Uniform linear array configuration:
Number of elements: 24
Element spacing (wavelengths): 0.25
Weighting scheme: cosine
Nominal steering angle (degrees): -45
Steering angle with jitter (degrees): -44.554
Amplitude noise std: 0.05
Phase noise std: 0.05

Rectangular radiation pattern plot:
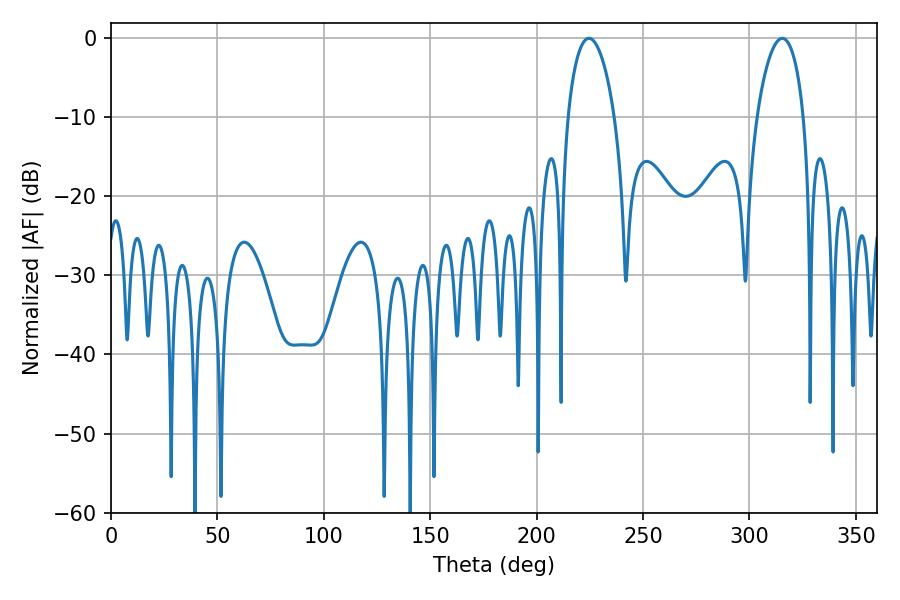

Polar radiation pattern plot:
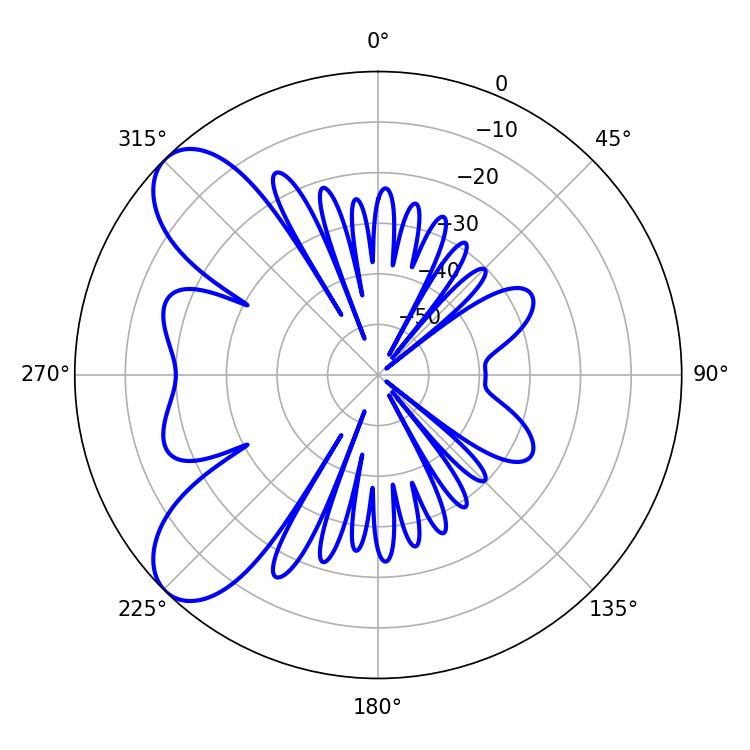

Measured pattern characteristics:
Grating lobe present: FALSE
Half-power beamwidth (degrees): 12.42
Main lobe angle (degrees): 224.64